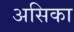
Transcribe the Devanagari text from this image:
असिका